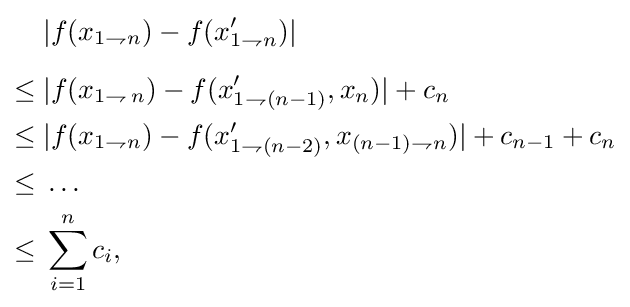
{\begin{aligned}&|f(x_{1\rightharpoondown n})-f(x'_{1\rightharpoondown n})|\\[6pt]\leq {}&|f(x_{1\rightharpoondown \,n})-f(x'_{1\rightharpoondown (n-1)},x_{n})|+c_{n}\\\leq {}&|f(x_{1\rightharpoondown n})-f(x'_{1\rightharpoondown (n-2)},x_{(n-1)\rightharpoondown n})|+c_{n-1}+c_{n}\\\leq {}&\ldots \\\leq {}&\sum _{i=1}^{n}c_{i},\end{aligned}}